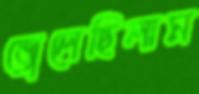
জ্বেলেছিলাম